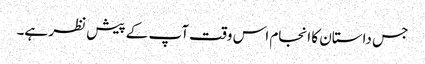
جس داستان کا انجام اس وقت آپ کے پیش نظر ہے۔